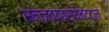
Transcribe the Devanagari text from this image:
समाजव्यवस्थेबद्दल